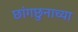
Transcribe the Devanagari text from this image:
छांगछुनाच्या